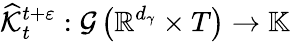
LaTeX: \widehat{\mathcal{K}}_{t}^{t+\varepsilon}:\mathcal{G}\left(\mathbb{R}^{d_{\gamma}}\times T\right)\rightarrow\mathbb{K}